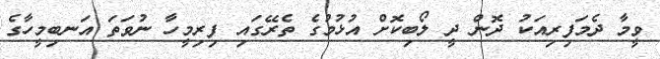
ވީމާ ދެމަފިރިއަކު ދޮން ދީ ލޯބިކޮށް އުޅުމުގެ ތެރޭގައި ފިރިމީހާ ނުވަތަ އަނބިމީހާގެ